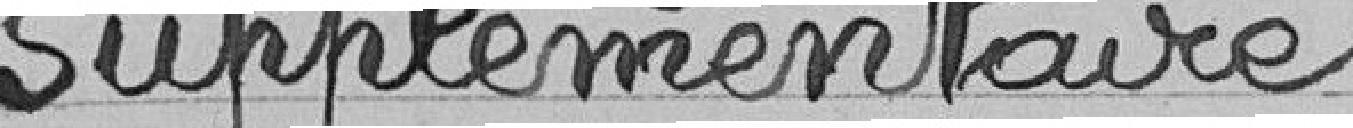
supplémentaire